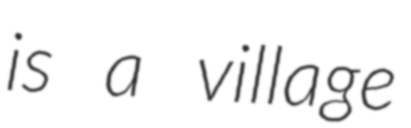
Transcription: is a village